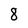
Character: 8